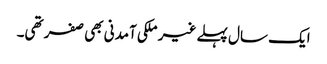
ایک سال پہلے غیر ملکی آمدنی بھی صفر تھی۔